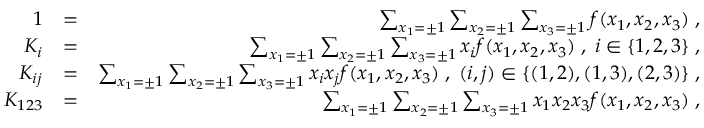
\begin{array} { r l r } { 1 } & { = } & { \sum _ { x _ { 1 } = \pm 1 } \sum _ { x _ { 2 } = \pm 1 } \sum _ { x _ { 3 } = \pm 1 } f ( x _ { 1 } , x _ { 2 } , x _ { 3 } ) \; , } \\ { K _ { i } } & { = } & { \sum _ { x _ { 1 } = \pm 1 } \sum _ { x _ { 2 } = \pm 1 } \sum _ { x _ { 3 } = \pm 1 } x _ { i } f ( x _ { 1 } , x _ { 2 } , x _ { 3 } ) \; , \; i \in \{ 1 , 2 , 3 \} \; , } \\ { K _ { i j } } & { = } & { \sum _ { x _ { 1 } = \pm 1 } \sum _ { x _ { 2 } = \pm 1 } \sum _ { x _ { 3 } = \pm 1 } x _ { i } x _ { j } f ( x _ { 1 } , x _ { 2 } , x _ { 3 } ) \; , \; ( i , j ) \in \{ ( 1 , 2 ) , ( 1 , 3 ) , ( 2 , 3 ) \} \; , } \\ { K _ { 1 2 3 } } & { = } & { \sum _ { x _ { 1 } = \pm 1 } \sum _ { x _ { 2 } = \pm 1 } \sum _ { x _ { 3 } = \pm 1 } x _ { 1 } x _ { 2 } x _ { 3 } f ( x _ { 1 } , x _ { 2 } , x _ { 3 } ) \; , } \end{array}